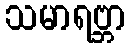
သမာရဗ္ဘာ